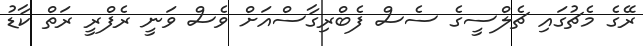
ރޭގެ މެޗުގައި ޗެލްސީގެ ސެސް ފެބްރިގާސްއަށް ވެސް ވަނީ ރެފްރީ ރަތް ކާޑު